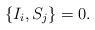
LaTeX: \begin{align*}\left\lbrace I_{i},S_{j} \right\rbrace = 0.\end{align*}